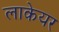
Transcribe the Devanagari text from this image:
लाकेयर